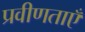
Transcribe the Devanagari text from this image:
प्रवीणताएँ